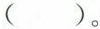
( )。